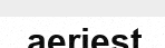
aeriest